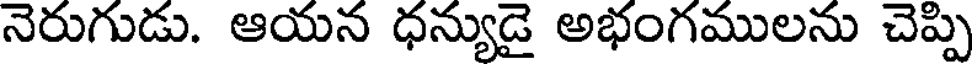
నెరుగుడు. ఆయన ధన్యుడై అభంగములను చెప్పి